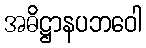
အဓိဋ္ဌာနပဘဝေါ